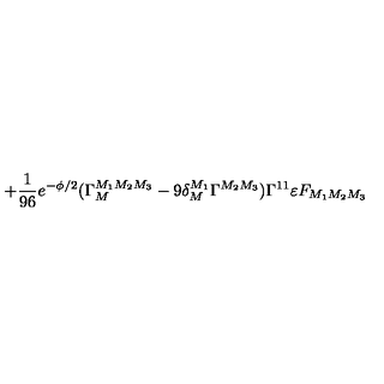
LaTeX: + { \frac { 1 } { 9 6 } } e ^ { - \phi / 2 } ( \Gamma _ { M } ^ { M _ { 1 } M _ { 2 } M _ { 3 } } - 9 \delta _ { M } ^ { M _ { 1 } } \Gamma ^ { M _ { 2 } M _ { 3 } } ) \Gamma ^ { 1 1 } \varepsilon F _ { M _ { 1 } M _ { 2 } M _ { 3 } }